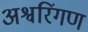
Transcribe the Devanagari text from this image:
अश्वरिंगण